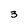
Character: 3